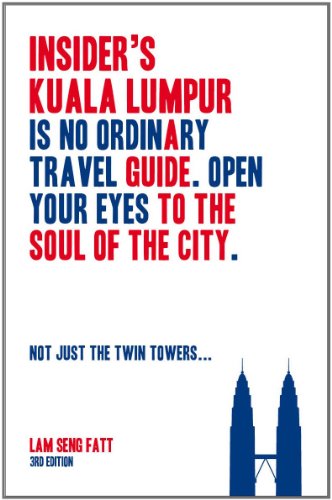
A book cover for Insider's Kuala Lumpur: A Guide to the Soul of the City; Seng Fatt Lam; Travel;